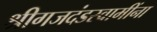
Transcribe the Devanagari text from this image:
श्रीगजदंडस्वामींना